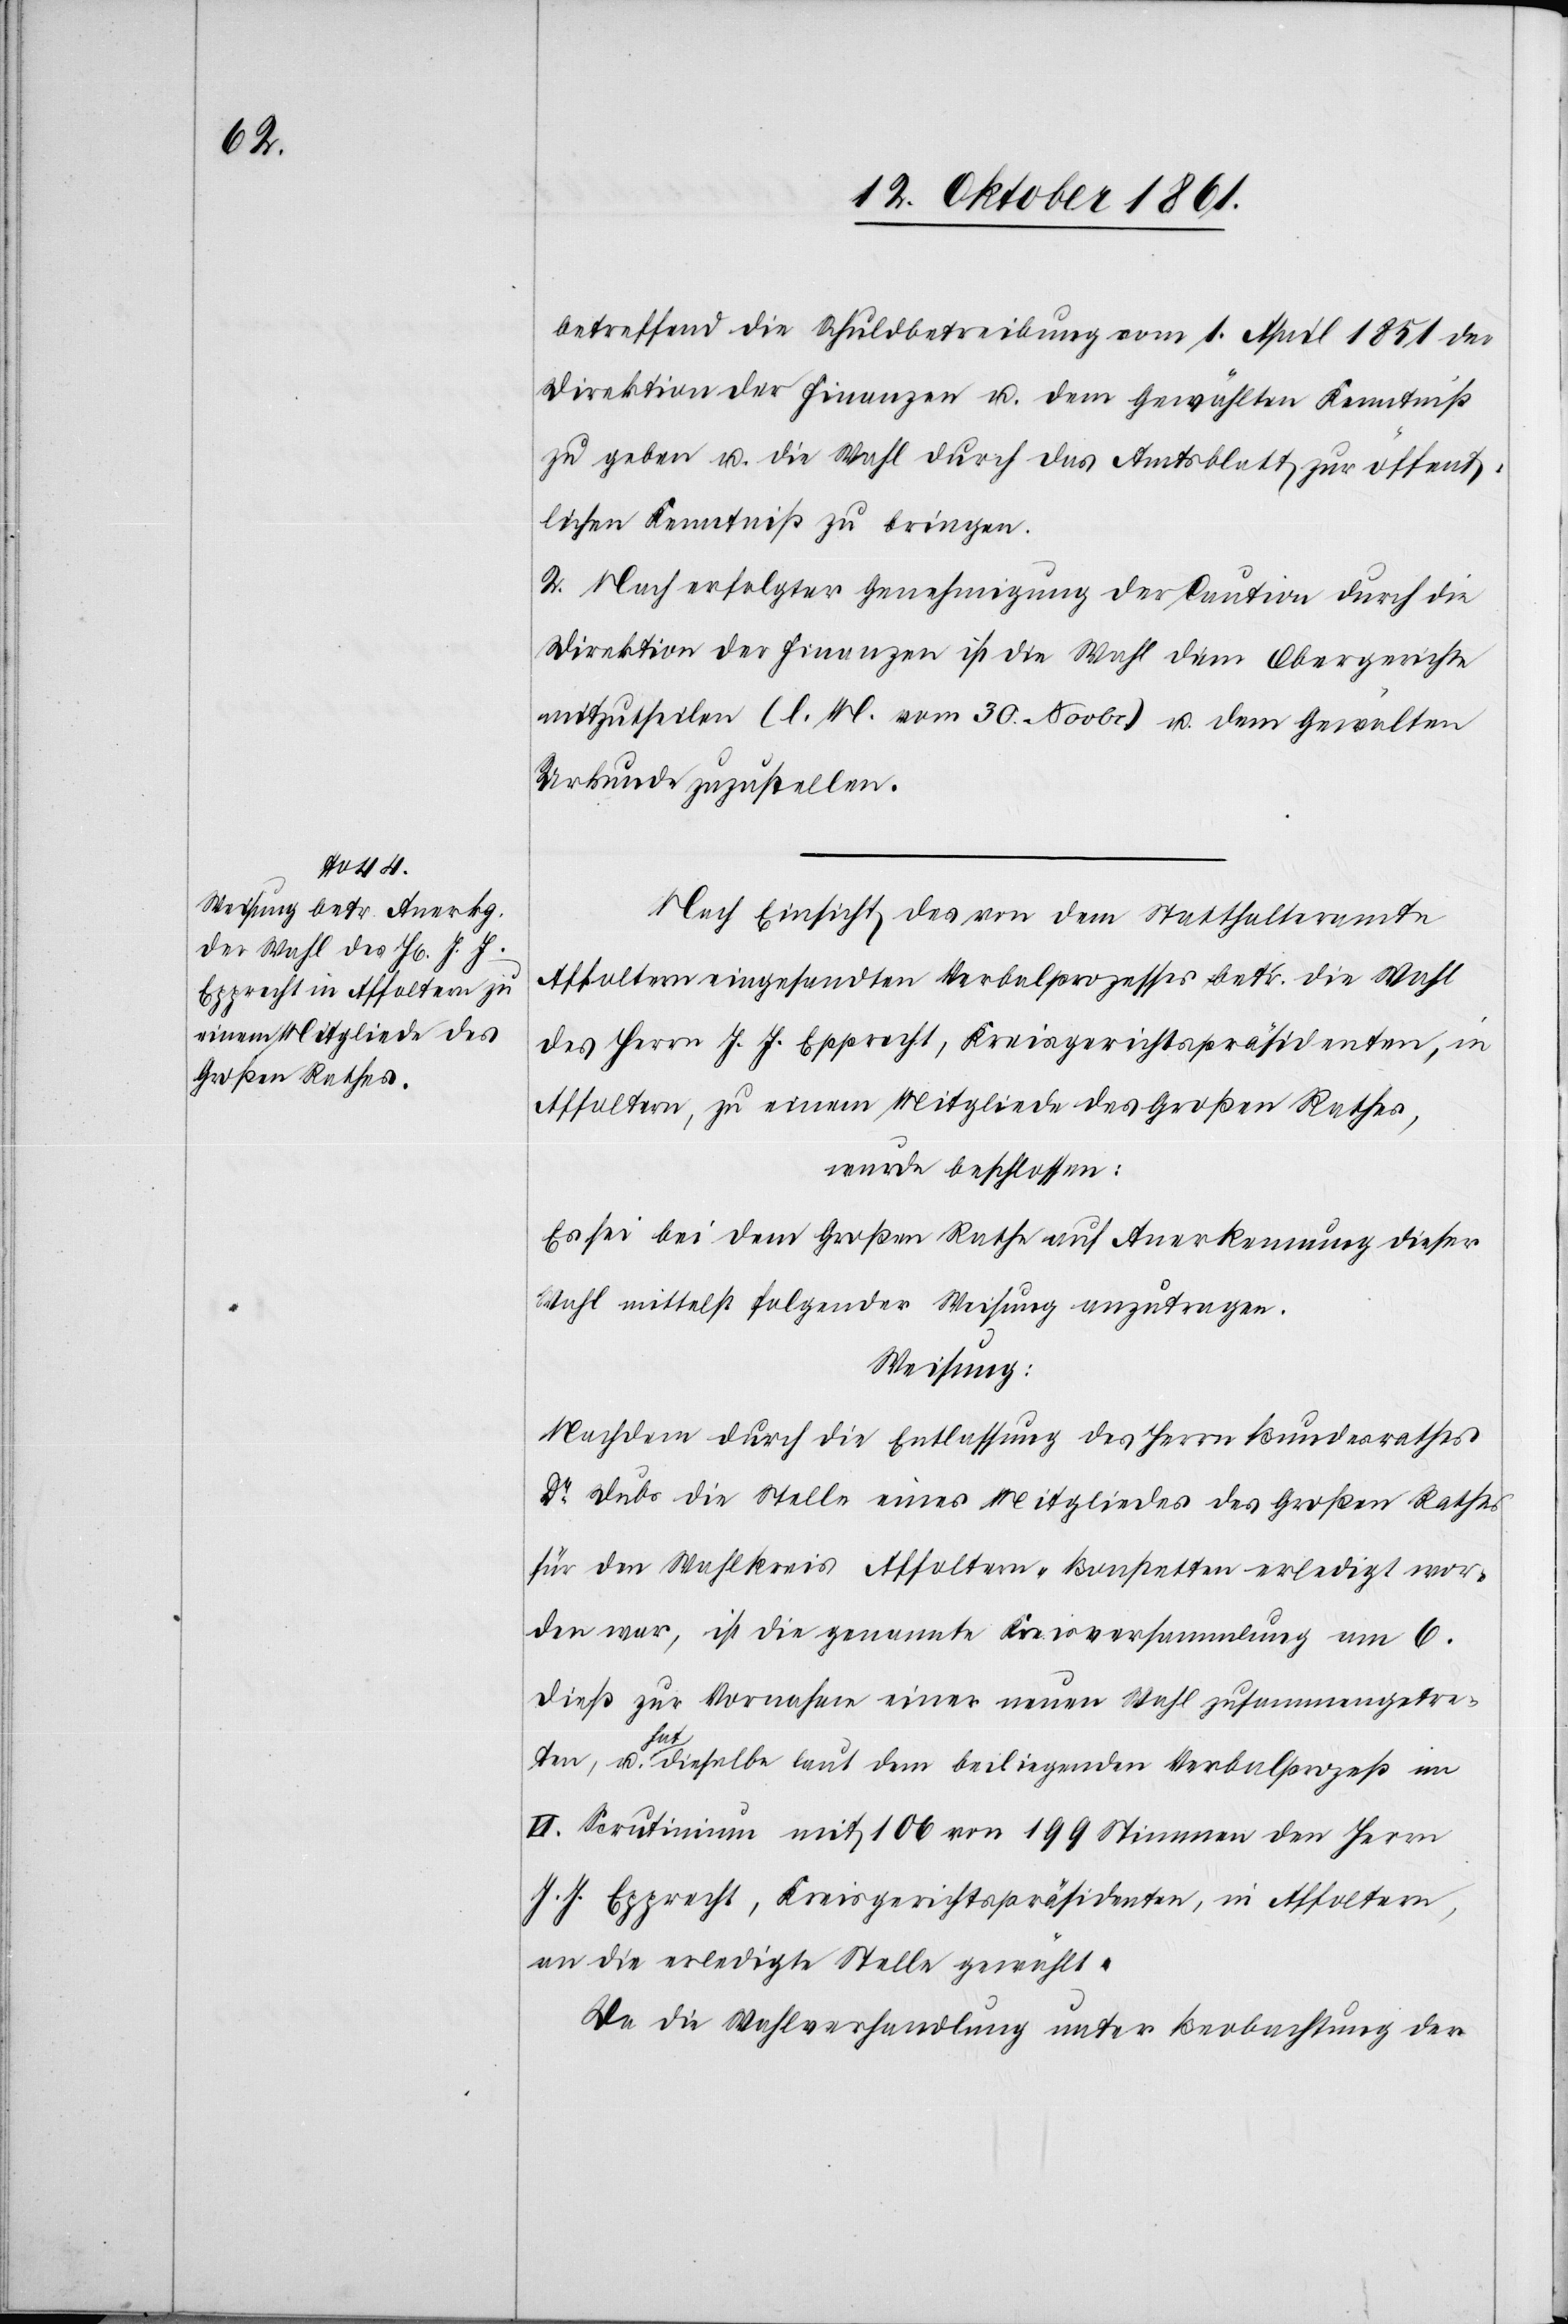
betreffend die Schuldbetreibung vom 1 April 1851 der
Direktion der Finanzen u. dem Gewählten Kenntniß
zu geben u. die Wahl durch das Amtsblatt zur öffent¬
lichen Kenntniß zu bringen.
2. Nach erfolgter Genehmigung der Caution durch die
Direktion der Finanzen ist die Wahl dem Obergerichte
mitzutheilen. (l. M. vom 30 Novbr.) u. dem Gewählten
Urkunde zuzustellen.
Nach Einsicht des von dem Statthalteramte
Affoltern eingesandten Verbalprozesses betr. die Wahl
des Herrn J. J. Epprecht, Kreisgerichtspräsidenten, in
Affoltern, zu einem Mitgliede des Großen Rathes,
wurde beschlossen:
Es sei bei dem Großen Rathe auf Anerkennung dieser
Wahl mittelst folgender Weisung anzutragen.
Weisung:
Nachdem durch die Entlassung des Herrn Bundesrathes
Dr Dubs die Stelle eines Mitgliedes des Großen Rathes
für den Wahlkreis Affoltern-Bonstetten erledigt wor¬
den war, ist die genannte Kreisversammlung am 6
dieß zur Vornahme einer neuen Wahl zusammengetre¬
ten, u. hat dieselbe laut dem beiliegenden Verbalprozeß im
II. Scrutinium mit 106 von 199 Stimmen den Herrn
J. J. Epprecht, Kreisgerichtspräsidenten, in Affoltern,
an die erledigte Stelle gewählt.
Da die Wahlversammlung unter Beobachtung der